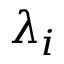
\lambda _ { i }